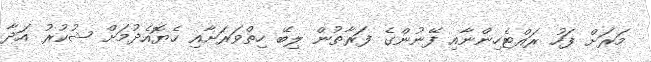
މަރަށް ފަހު ރައްޓެހިންނާއި ފޭނުންގެ ފަރާތުން ލިބޭ ހިތްވަރަށާއި ހެޔޮއެދުމަށް ޝުކުރު އަދާ